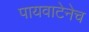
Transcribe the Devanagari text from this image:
पायवाटेनेच